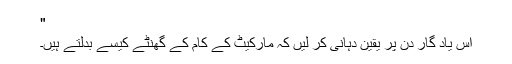
"
اس یاد گار دن پر یقین دہانی کر لیں کہ مارکیٹ کے کام کے گھنٹے کیسے بدلتے ہیں۔